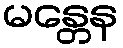
မန္တေန